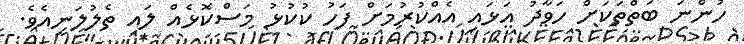
ހުންނަ ބަތްތަކަށް ހަވާދު އަޅައި އެއްކުރުމަށް ފަހު ކުކުޅު މަސްކޮޅެއް ލައި ތެލުލަނީއެވެ.